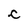
Character: c